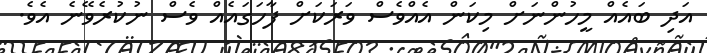
އަދި ބައެއް މީހުންނަށް މިކަން އެއްވެސް ވަރަކަށް ފާހަގައެއް ވެސް ނުކުރެވޭނެ އެވެ.